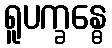
ရူပက္ခန္ဓေ